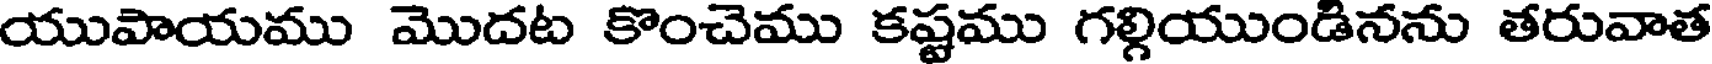
యుపాయము మొదట కొంచెము కష్టము గల్గియుండినను తరువాత